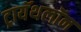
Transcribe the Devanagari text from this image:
ट्रायॅथलॉन